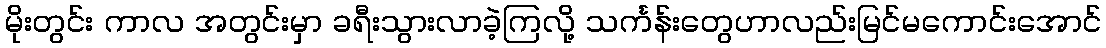
မိုးတွင်း ကာလ အတွင်းမှာ ခရီးသွားလာခဲ့ကြလို့ သင်္ကန်းတွေဟာလည်းမြင်မကောင်းအောင်